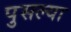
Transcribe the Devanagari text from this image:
पुसल्या